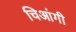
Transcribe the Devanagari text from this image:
चिआंगी